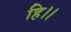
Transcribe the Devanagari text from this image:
हि।।